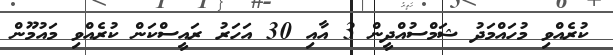
ކުރެއްވި މުހައްމަދު ޝަމްސުއްދީން 3 އާއި 30 އަހަރު ރައީސްކަން ކުރެއްވި މައުމޫން